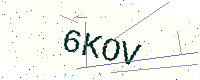
Text: 6KOV